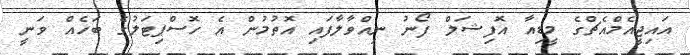
އައިޖީއެމްއެޗްގެ މީޑިއާ އޮފިޝަލް ފޯނު ނިއްވާލާފައި އޮތުމުން އެ ހޮސްޕިޓަލުގެ ބަހެއް ވަނީ